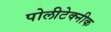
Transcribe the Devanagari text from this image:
पोलीटेक्‍नीक